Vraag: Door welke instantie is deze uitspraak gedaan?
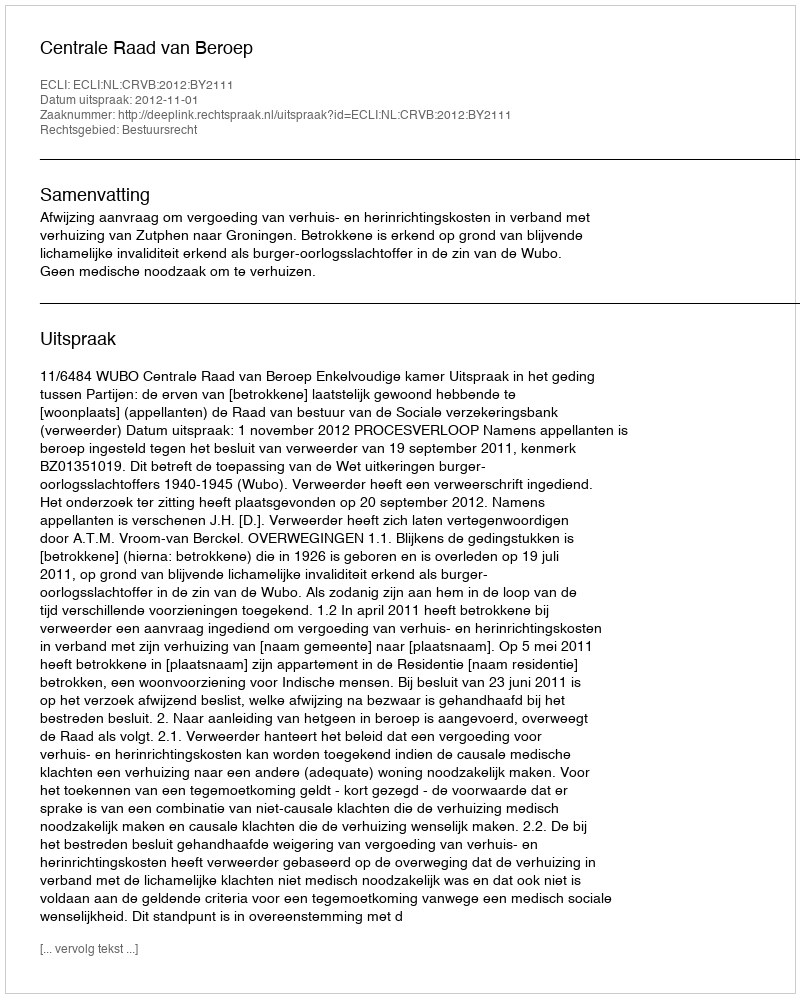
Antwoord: Centrale Raad van Beroep